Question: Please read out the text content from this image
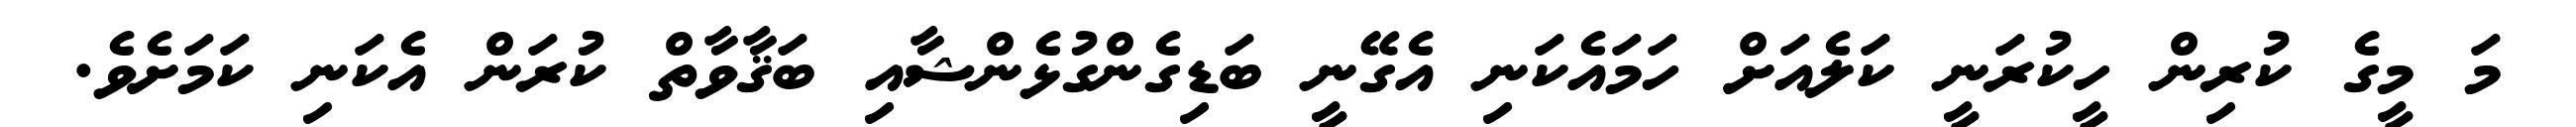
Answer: މަ މީގެ ކުރިން ހީކުރަނީ ކަލެއަށް ހަމައެކަނި އެގޭނީ ބަޑިގެންގުޅެންޝާއި ބަޤާވާތް ކުރަން އެކަނި ކަމަށެވެ.